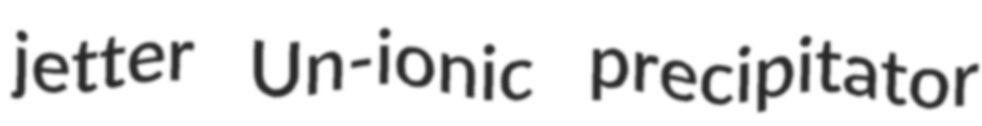
jetter Un-ionic precipitator